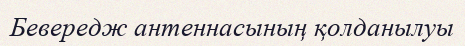
Бевередж антеннасының қолданылуы